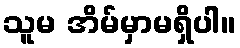
သူမ အိမ်မှာမရှိပါ။